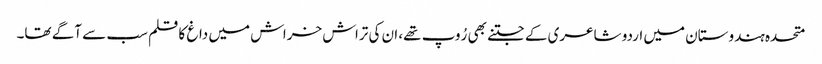
متحدہ ہندوستان میں اردو شاعری کے جتنے بھی رُوپ تھے، ان کی تراش خراش میں داغ کا قلم سب سے آگے تھا۔